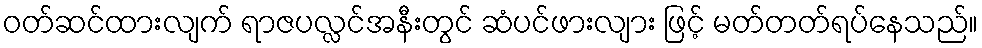
ဝတ်ဆင်ထားလျက် ရာဇပလ္လင်အနီးတွင် ဆံပင်ဖားလျား ဖြင့် မတ်တတ်ရပ်နေသည်။